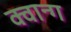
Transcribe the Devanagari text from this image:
क्वान्ग